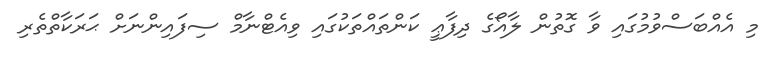
މި އެއްބަސްވުމުގައި ވާ ގޮތުން ލާއޯގެ ދިފާޢީ ކަންތައްތަކުގައި ވިއެޓްނާމް ސިފައިންނަށް ޙަރަކާތްތެރި